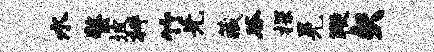
水螯坡枰竹先藏谷探晃鞭矢